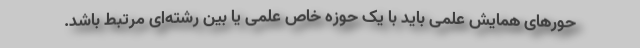
حورهای همایش علمی باید با یک حوزه خاص علمی یا بین رشته‌ای مرتبط باشد.